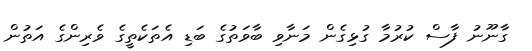
ގާނޫނު ފާސް ކުރުމާ ގުޅިގެން މަނާވި ބާވަތުގެ ބަޑި އެތަކެތީގެ ވެރިންގެ އަތުން